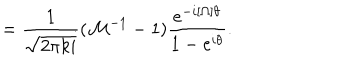
LaTeX: = \frac { 1 } { \sqrt { 2 \pi k i } } ( { \cal M } ^ { - 1 } - 1 ) \frac { e ^ { - i [ \Omega ] \theta } } { 1 - e ^ { i \theta } } .